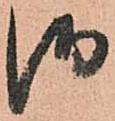
御